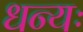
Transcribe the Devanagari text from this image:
धन्यः